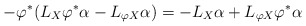
\begin{align*}-\varphi^*(L_X\varphi^*\alpha-L_{\varphi X}\alpha)=-L_X\alpha+L_{\varphi X}\varphi^*\alpha\end{align*}